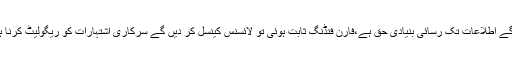
اشتہارات پر صوبائی محکمہ اطلاعات کو بھی سنیں گے اطلاعات تک رسائی بنیادی حق ہے،فارن فنڈنگ ثابت ہوئی تو لائسنس کینسل کر دیں گے سرکاری اشتہارات کو ریگولیٹ کرنا ہوگا،میڈیا مالکان ورکرز کے کفیل بنیں مالک نہ بنیں۔